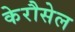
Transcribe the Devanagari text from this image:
केरौसेल